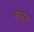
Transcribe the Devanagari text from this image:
एल्सन